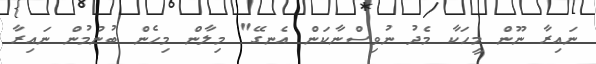
ނައިރާ ނޫން މީހަކާ މެދު ނުވިސްނާކަން އެނގޭ" މިލާން މިހެން ބުނުމުން ނައިރާ